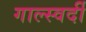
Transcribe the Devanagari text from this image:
गाल्स्वर्दी